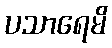
ပသာရေမိ